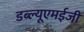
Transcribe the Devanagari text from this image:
डब्ल्यूएमईजी